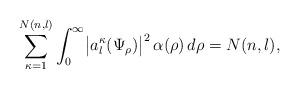
LaTeX: \begin{align*}\sum_{\kappa=1}^{N(n,l)}\int_0^\infty \bigl|a_l^\kappa(\Psi_\rho)\bigr|^2\,\alpha(\rho)\,d\rho=N(n,l),\end{align*}